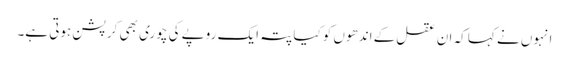
انہوں نے کہا کہ ان عقل کے اندھوں کو کیا پتہ ایک روپے کی چوری بھی کرپشن ہوتی ہے۔